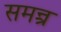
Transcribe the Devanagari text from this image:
समन्त्र